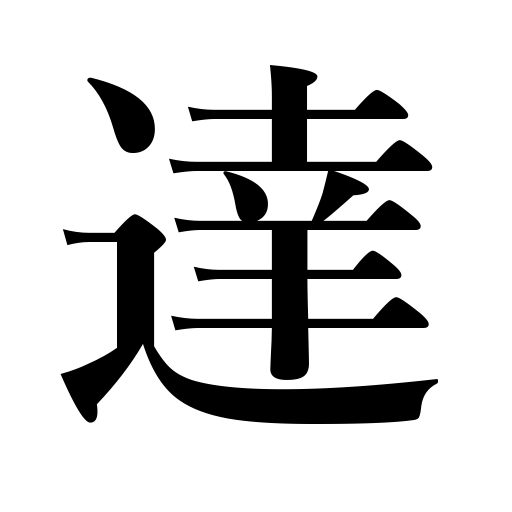
Meanings: be versed in,attain,accomplish,notify,arrive at,become expert,reach,amount to